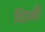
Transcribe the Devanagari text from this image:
दिलीे